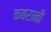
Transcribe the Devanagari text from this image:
कबरानी